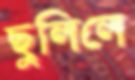
ছুলিলে